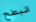
انبطح